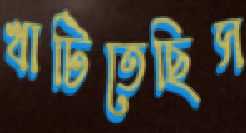
খাটিতেছিস